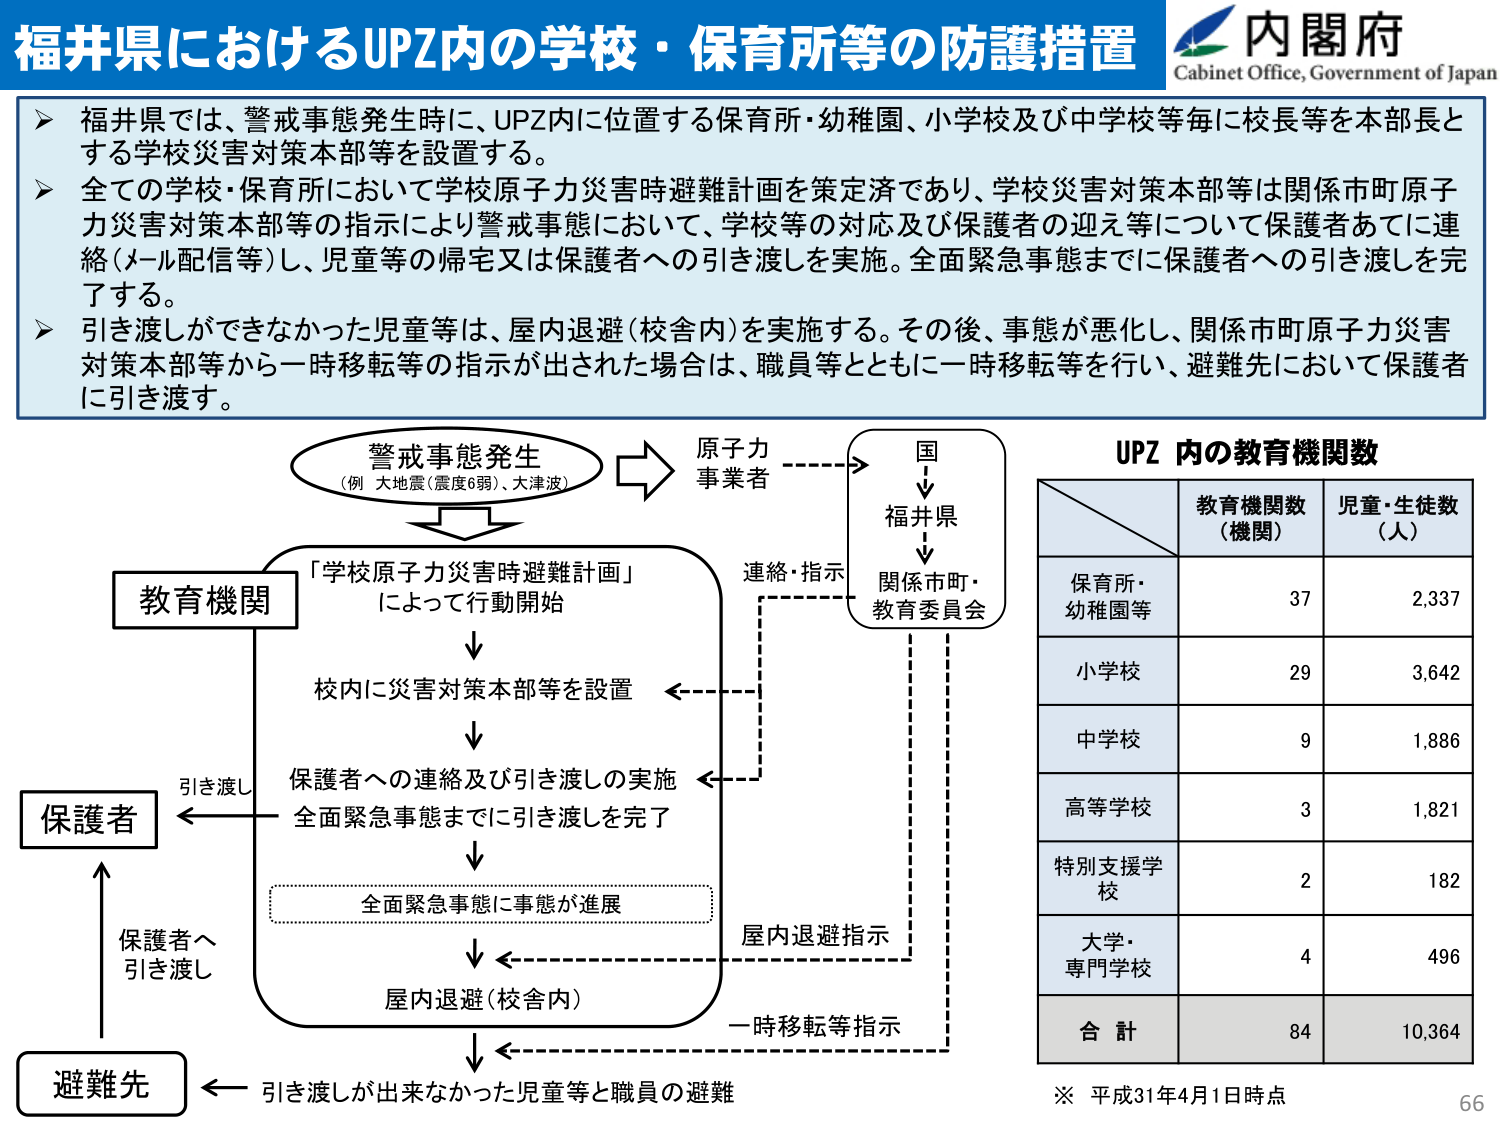
福井県におけるUPZ内の学校・保育所等の防護措置
内閣府
Cabinet Office, Government of Japan
▶ 福井県では、警戒事態発生時に、UPZ内に位置する保育所・幼稚園、小学校及び中学校等毎に校長等を本部長とする学校災害対策本部等を設置する。
▶ 全ての学校・保育所において学校原子力災害時避難計画を策定済であり、学校災害対策本部等は関係市町原子力災害対策本部等の指示により警戒事態において、学校等の対応及び保護者の迎え等について保護者あてに連絡（メール配信等）し、児童等の帰宅又は保護者への引き渡しを実施。全面緊急事態までに保護者への引き渡しを完了する。
▶ 引き渡しができなかった児童等は、屋内退避（校舎内）を実施する。その後、事態が悪化し、関係市町原子力災害対策本部等から一時移転等の指示が出された場合は、職員等とともに一時移転等を行い、避難先において保護者に引き渡す。
警戒事態発生
（例 大地震（震度6弱）、大津波）
原子力
事業者
国
↓
福井県
↓
関係市町・
教育委員会
連絡・指示
教育機関
「学校原子力災害時避難計画」
によって行動開始
↓
校内に災害対策本部等を設置
↓
保護者への連絡及び引き渡しの実施
全面緊急事態までに引き渡しを完了
↓
全面緊急事態に事態が進展
↓
屋内退避（校舎内）
↓
引き渡しが出来なかった児童等と職員の避難
保護者
← 引き渡し
保護者へ
引き渡し
避難先
←
屋内退避指示
一時移転等指示
UPZ 内の教育機関数
教育機関数
（機関）
児童・生徒数
（人）
保育所・
幼稚園等
37
2,337
小学校
29
3,642
中学校
9
1,886
高等学校
3
1,821
特別支援学校
2
182
大学・
専門学校
4
496
合 計
84
10,364
※ 平成31年4月1日時点
66